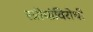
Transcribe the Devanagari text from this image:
स्त्रीयांविरोधी